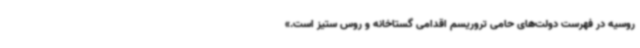
روسیه در فهرست دولت‌های حامی تروریسم اقدامی گستاخانه و روس ستیز است.»